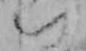
い